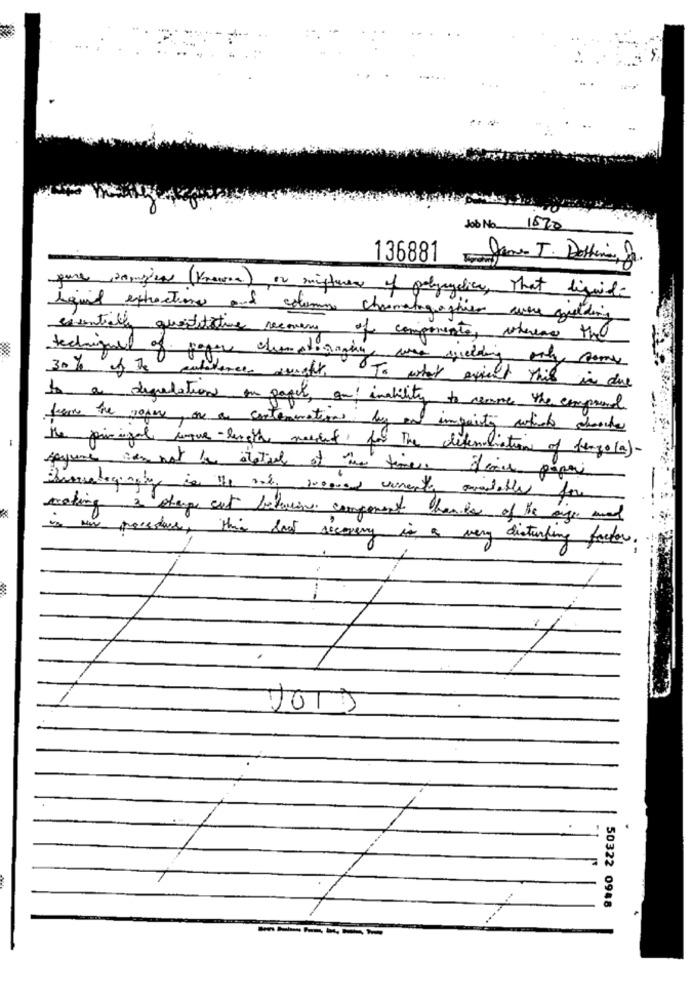
Job No 1570
136881
Jane J. Dettina, 8
pure 2annyira (Knewer) or sigter of polycyalice, That liquide
liquid exhactions and column chromatographie were goulding
essentially quantitative recovery
of componente, whereas the
techniques of paper chematigingin war sledding only some
30% of The catcherces anafy, To what extent this in due
In a degradation on papel, an inability to remove the compound
from the paper, ore an contaminations by and impointy antido chande
the pricingal wque-length needed for the deferiation of benzo(a)-
seyune can not to statial of the times for papers
rating 2 shape cut betaling component basis of the age and
in Nw procedure, this fast recovery is a very disturbing factor.
50322 0948
......
------